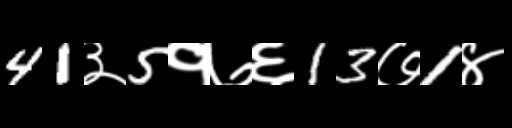
Text: 41३5१७६13७1४